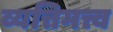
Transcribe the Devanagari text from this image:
व्यत्तिमत्त्व